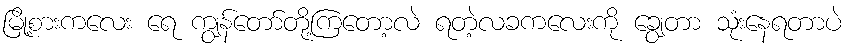
မြို့စားကလေး ရေ ကျွန်တော်တို့ကြတော့လဲ ရတဲ့လခကလေးကို ချွေတာ သုံးနေရတာပဲ